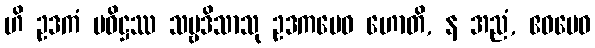
ဟိ ဥဒကံ ပဝိဋ္ဌဿ သဗ္ဗဒိသာသု ဥဒကမေဝ ဟောတိ, န အညံ, ဧဝမေဝ